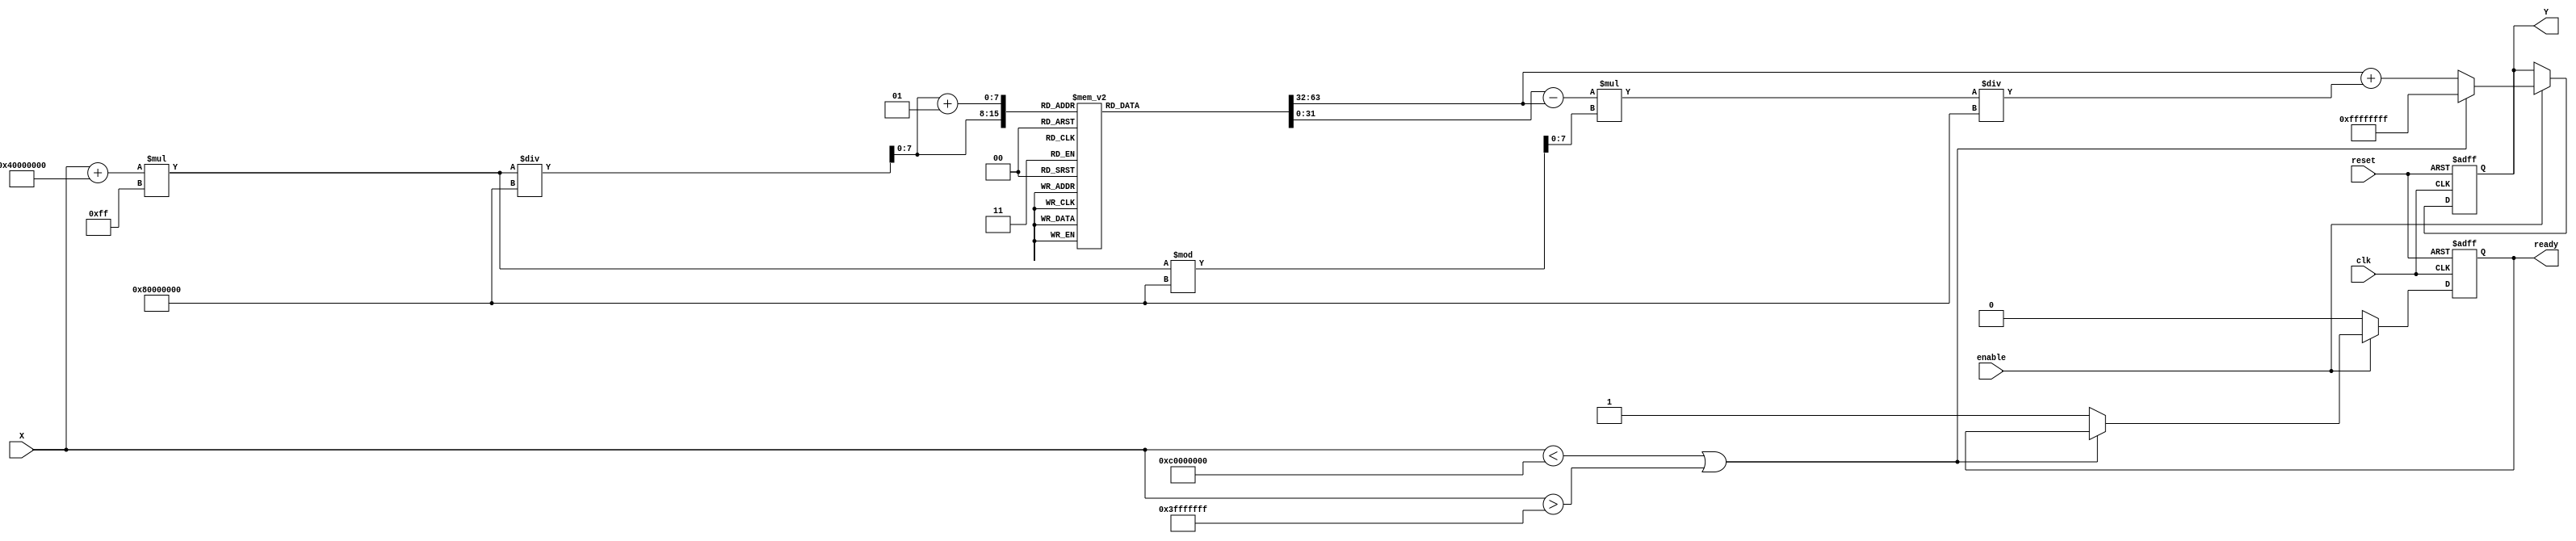
module acos_block(
    input wire clk,               // Clock signal
    input wire reset,             // Reset signal
    input wire enable,            // Enable signal for computation
    input wire signed [31:0] X,   // Input value (fixed-point representation)
    output reg signed [31:0] Y,    // Output value (angle in radians)
    output reg ready              // Ready signal indicating output validity
);

    // Parameters
    parameter LUT_SIZE = 256;         // Size of the LUT
    parameter LUT_WIDTH = 32;          // Width of the LUT entries (in bits)
    parameter PI = 32'h3243F6A8;       // Fixed-point representation of  (3.14159265)
    
    // LUT for acos values (precomputed)
    reg signed [LUT_WIDTH-1:0] acos_lut [0:LUT_SIZE-1];

    // Internal signals
    reg signed [31:0] lut_index;       // Index into the LUT
    reg signed [31:0] lut_value1;      // First LUT value for interpolation
    reg signed [31:0] lut_value2;      // Second LUT value for interpolation
    reg [7:0] index_frac;              // Fractional part of the index for interpolation
    reg signed [31:0] output_interpolated; // Interpolated output
    reg out_of_range;                  // Flag for out of range input

    // Initialize LUT with precomputed values for acos
    initial begin
        // Populate the LUT with precomputed values for acos
        // This should be filled with actual acos values for the range [-1, 1]
        // For example, acos(0) = /2, acos(1) = 0, acos(-1) = , etc.
        // This is just a placeholder, real values must be calculated and filled.
        // Example: acos_lut[0] = 32'h3243F6A8; // acos(-1)
        // Example: acos_lut[128] = 32'h00000000; // acos(0)
        // Example: acos_lut[255] = 32'h00000000; // acos(1)
    end

    // Range check and LUT access
    always @(posedge clk or posedge reset) begin
        if (reset) begin
            Y <= 32'b0;
            ready <= 1'b0;
            out_of_range <= 1'b0;
        end else if (enable) begin
            // Check if input is within the valid range
            if (X < -32'h40000000 || X > 32'h3FFFFFFF) begin // [-1, 1] range check
                Y <= 32'hFFFFFFFF; // Set to NaN or error value
                out_of_range <= 1'b1;
            end else begin
                out_of_range <= 1'b0;
                // Calculate LUT index
                lut_index = (X + 32'h40000000) * (LUT_SIZE - 1) / 32'h80000000; // Scale input to [0, 255]
                index_frac = (X + 32'h40000000) * (LUT_SIZE - 1) % 32'h80000000; // Fractional part

                // Get LUT values for interpolation
                lut_value1 = acos_lut[lut_index];
                lut_value2 = acos_lut[lut_index + 1];

                // Linear interpolation
                output_interpolated = lut_value1 + ((lut_value2 - lut_value1) * index_frac) / 32'h80000000;

                // Set the output and ready signal
                Y <= output_interpolated;
                ready <= 1'b1;
            end
        end else begin
            ready <= 1'b0; // Reset ready signal if not enabled
        end
    end

endmodule